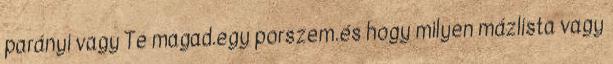
parányi vagy Te magad.egy porszem.és hogy milyen mázlista vagy